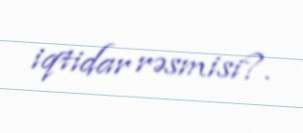
iqtidar rəsmisi?.